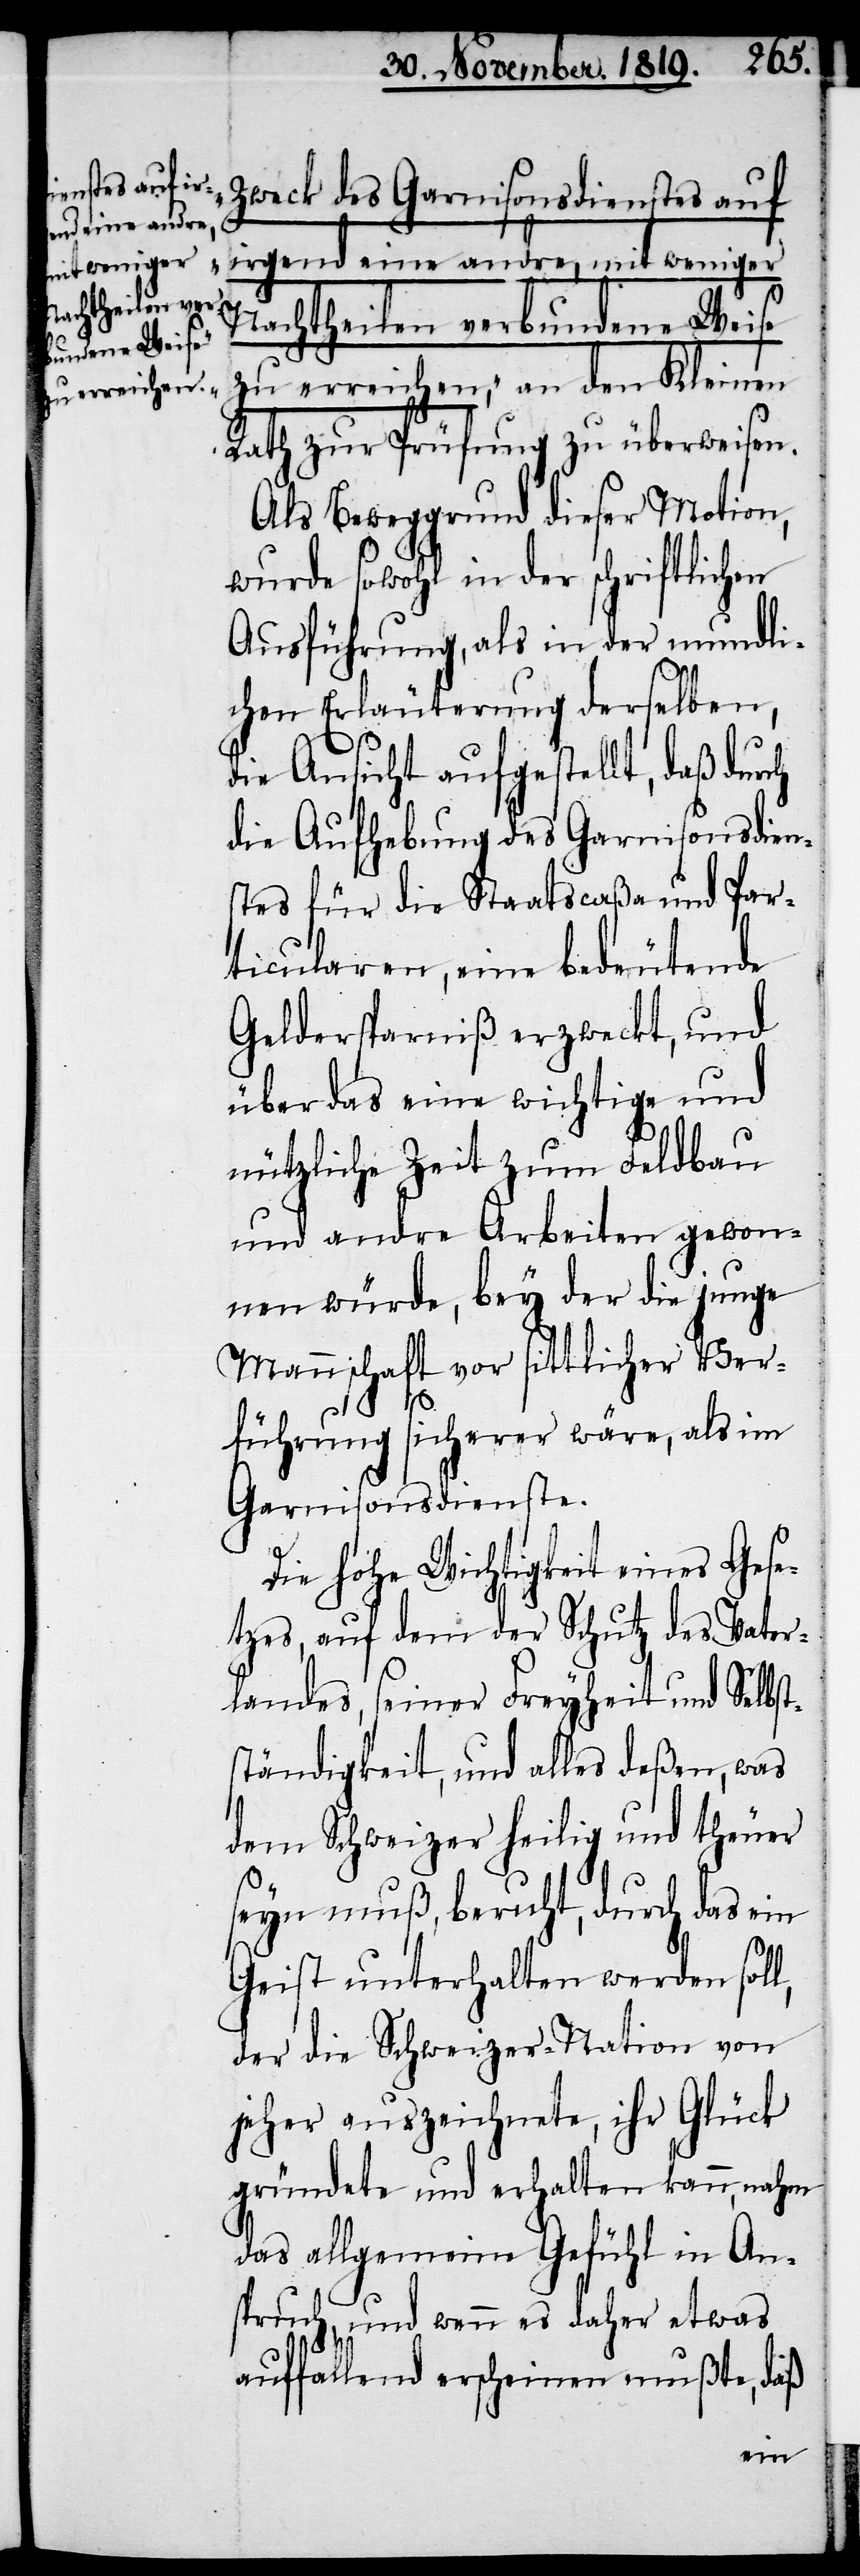
Zweck des Garnisonsdienstes auf
irgend eine andre, mit weniger
Nachtheilen verbundene Weise
zu erreichen,“ an den Kleinen
Rath zur Prüfung zu überweisen.
Als Beweggrund dieser Motion,
wurde sowohl in der schriftlichen
Ausführung, als in der mundli¬
chen Erläuterung derselben,
die Ansicht aufgestellt, daß durch
die Aufhebung des Garnisonsdien¬
stes für die Staatscaßa und Par¬
ticularen, eine bedeutende
Geldersparniß erzweckt, und
über das eine wichtige und
nützliche Zeit zum Feldbau
und andre Arbeiten gewon¬
nen würde, bey der die junge
Mannschaft vor sittlicher Ver¬
führung sicherer wäre, als im
Garnisonsdienste.
Die hohe Wichtigkeit eines Gese¬
tzes, auf dem der Schutz des Vater¬
landes, seiner Freyheit und Selbst¬
ständigkeit, und alles deßen, was
dem Schweizer heilig und theuer
seyn muß, beruht, durch das ein
Geist unterhalten werden soll,
der die Schweizer-Nation von
jeher auszeichnete, ihr Glück
gründete und erhalten kann, nahm
das allgemeine Gefühl in An¬
spruch, und wenn es daher etwas
auffallend erscheinen mußte, daß